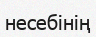
несебінің